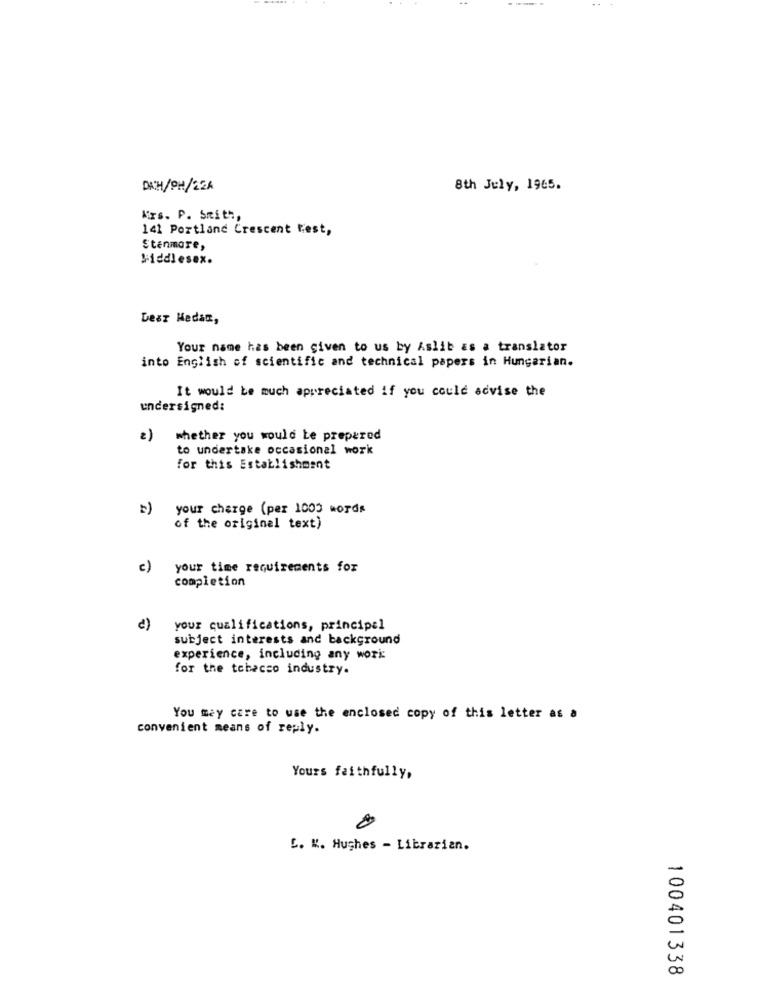
DACH/OH/22A
8th July, 1965.
Krs. P. Smith,
141 Portland Crescent fest,
Stenmore,
Middlesex.
Dear Medan,
Your name has been given to us by Aslib as a translator
into English of scientific and technical papers in Hungarian.
It would be much appreciated if you could advise the
undersigned:
2)
whether you would be prepared
to undertake occasional work
for this Establishment
your charge (per 1003 words
of the original text)
c)
your time requirements for
completion
c)
your qualifications, principal
subject interests and background
experience, including any work:
for the tobacco industry.
You may care to use the enclosed copy of this letter as a
convenient means of reply.
Yours faithfully,
C. K. Hughes - Librarian.
100401338